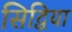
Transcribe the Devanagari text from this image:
सिद्धिया